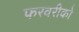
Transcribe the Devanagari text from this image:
फरवरीको